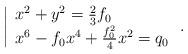
LaTeX: \begin{align*} \left| \begin{array}{l} x^2+ y^2 =\frac{2}{3}f_0\\x^6 - f_0 x^4 + \frac{f_0^2}{4} x^2 =q_0\\ \end{array}\right. .\end{align*}